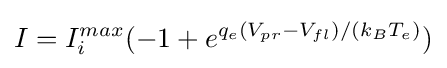
I=I_{i}^{max}(-1+e^{q_{e}(V_{pr}-V_{fl})/(k_{B}T_{e})})